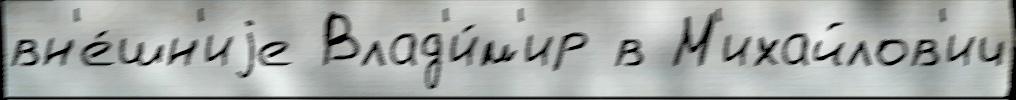
вн'е́шн'иjе Влад'и́м'ир в М'ихайлов'ич